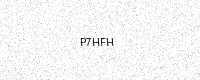
Text: P7HFH